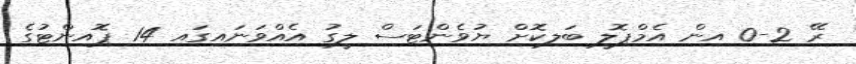
ރޭ 2-0 އިން އެމްޕޮލީ ބަލިކޮށް ޔުވެންޓަސް ލީގު އެއްވަނައިގައި 14 ޕޮއިންޓުގެ